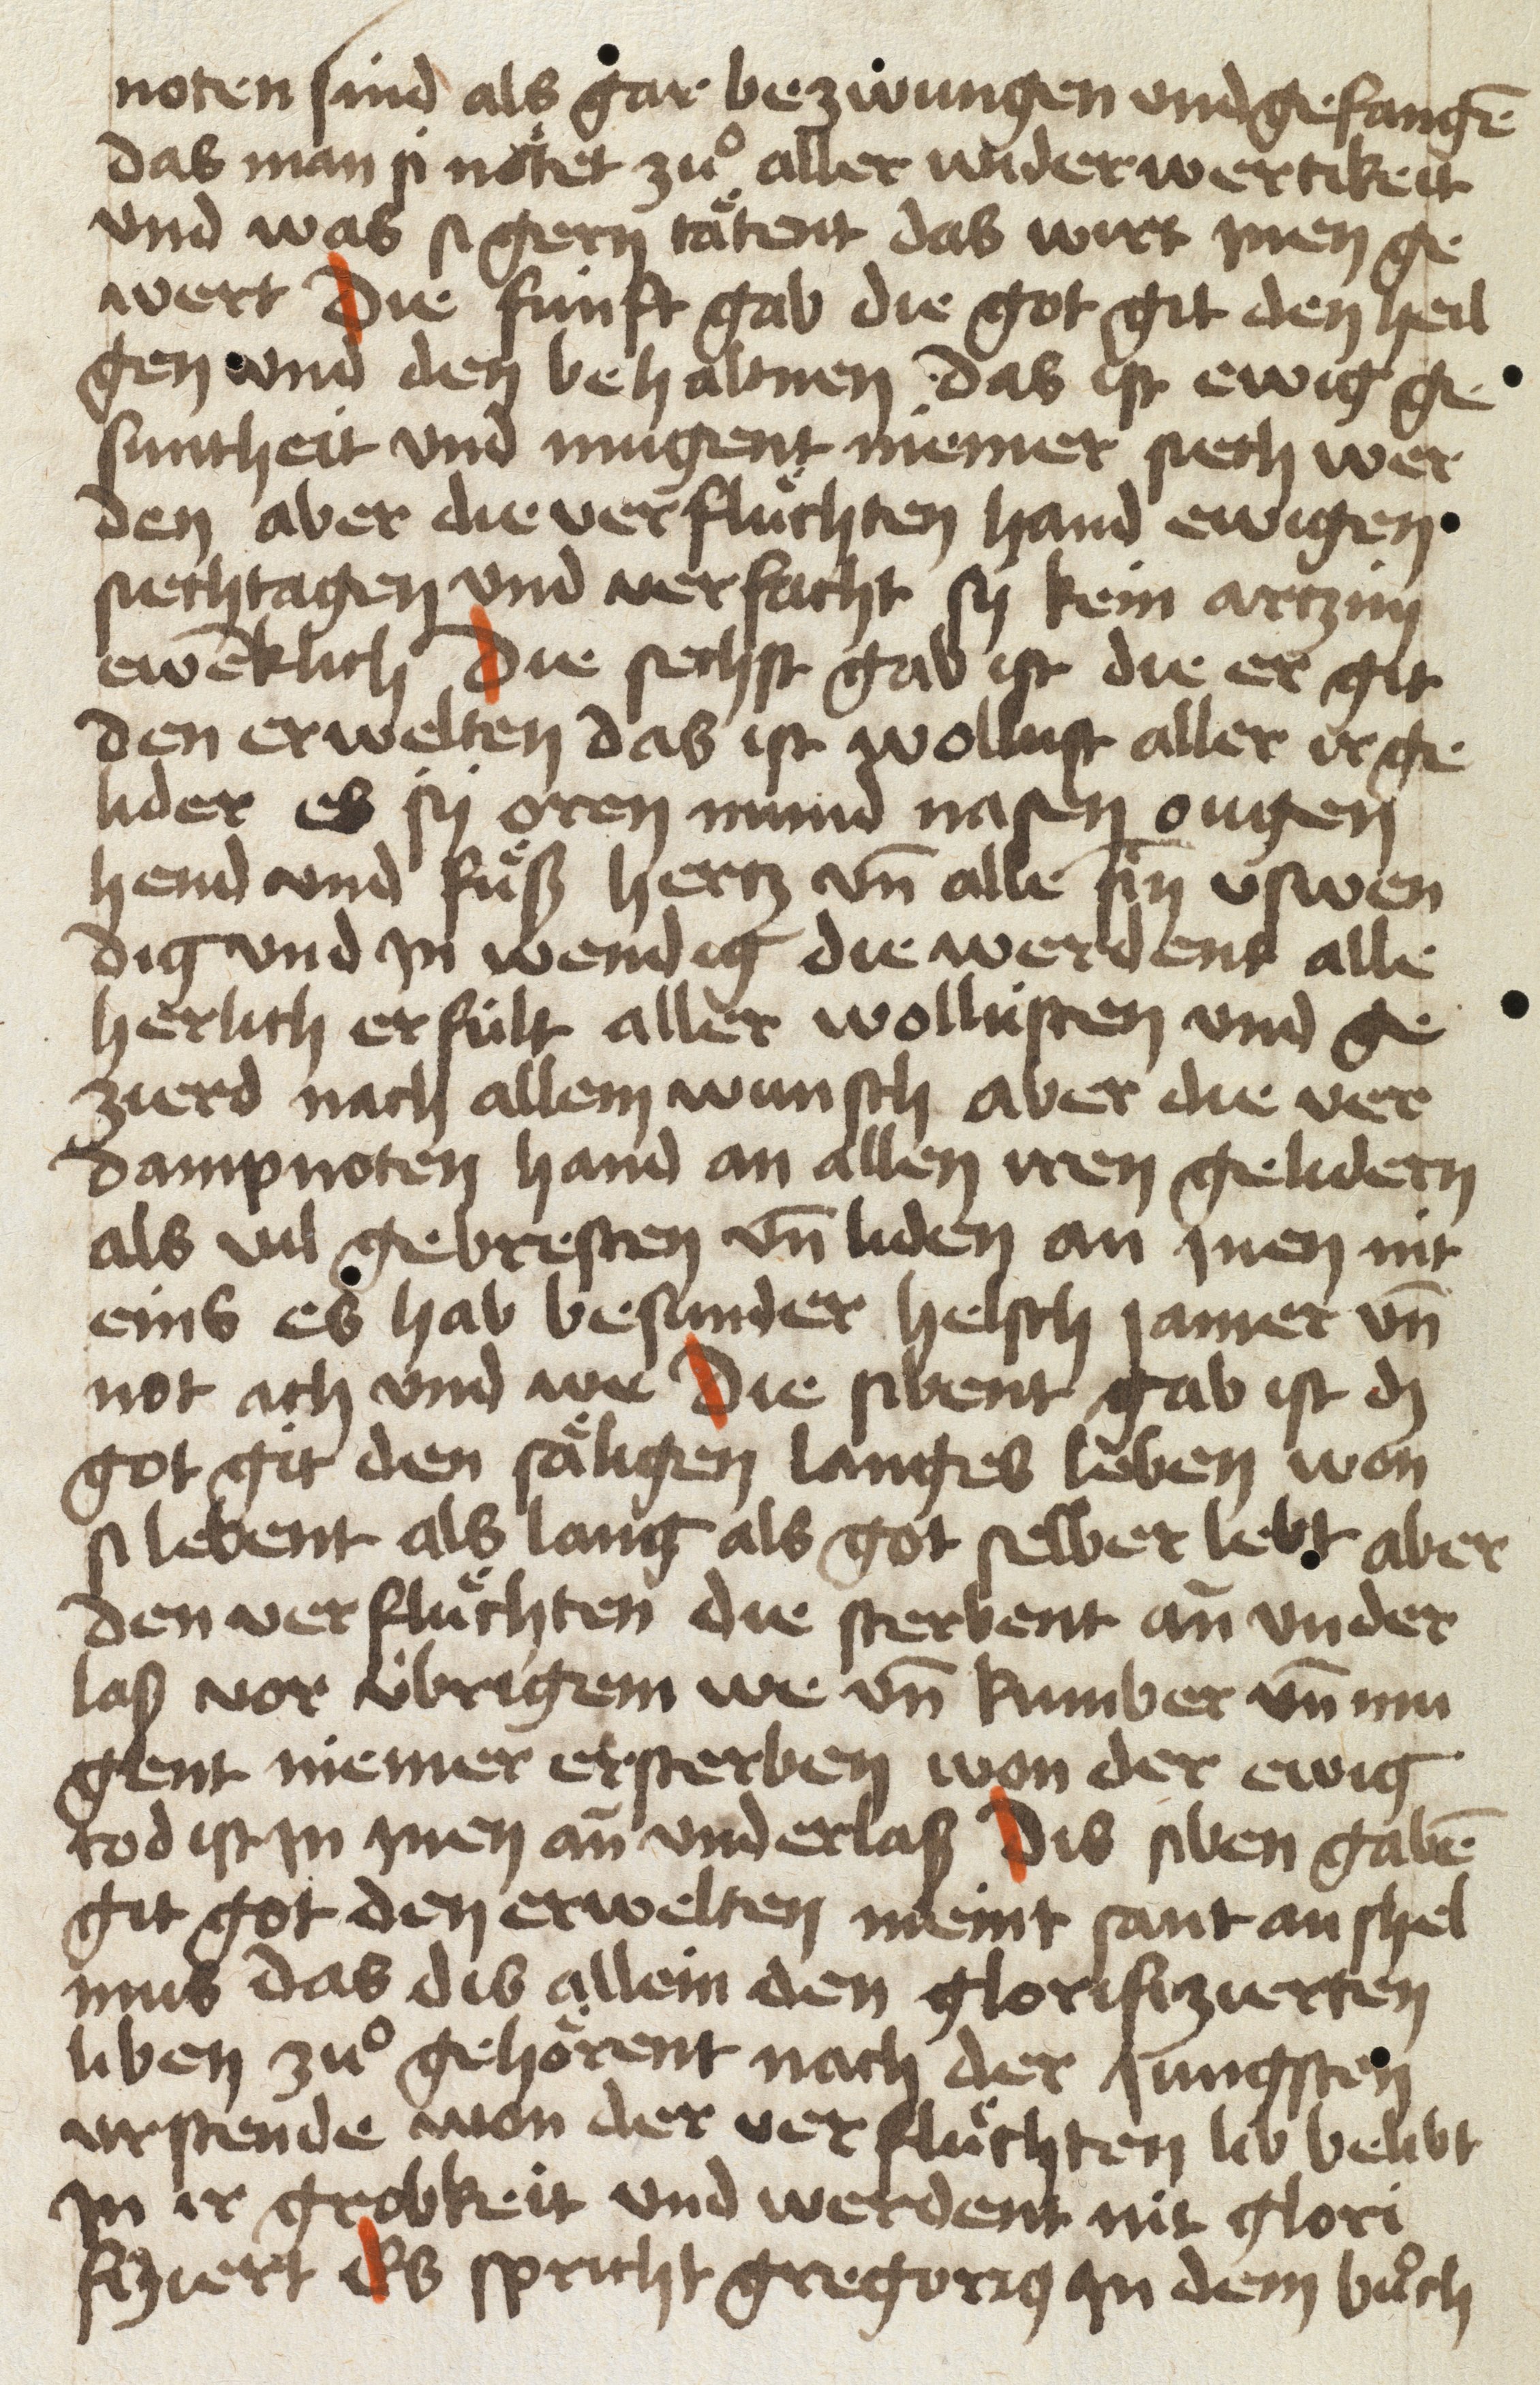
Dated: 1454–1454